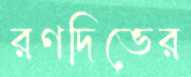
রণদিভের